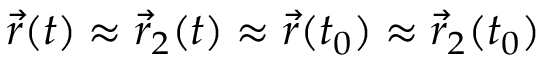
\vec { r } ( t ) \approx \vec { r } _ { 2 } ( t ) \approx \vec { r } ( t _ { 0 } ) \approx \vec { r } _ { 2 } ( t _ { 0 } )